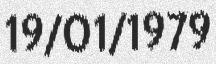
19/01/1979